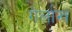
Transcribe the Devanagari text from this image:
गेर्लाख